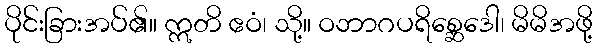
ပိုင်းခြားအပ်၏။ ဣတိ ဧဝံ၊ သို့။ ဝဘာဂပရိစ္ဆေဒေါ၊ မိမိအဖို့